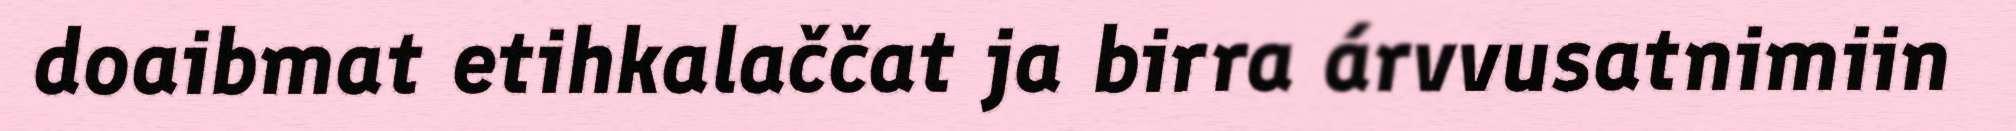
doaibmat etihkalaččat ja birra árvvusatnimiin